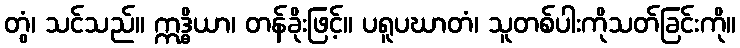
တွံ၊ သင်သည်။ ဣဒ္ဓိယာ၊ တန်ခိုးဖြင့်။ ပရူပဃာတံ၊ သူတစ်ပါးကိုသတ်ခြင်းကို။